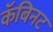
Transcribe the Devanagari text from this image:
कॅबिनट